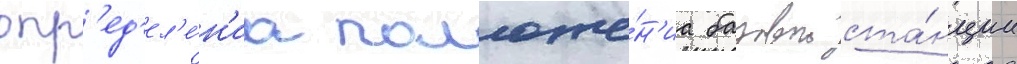
опр'ед'ел'е́н'иа положе́н'иа базовои ста́нции